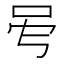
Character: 𠰇